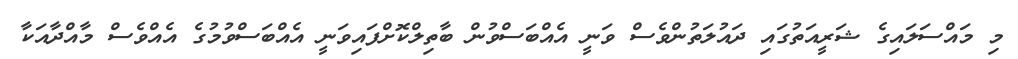
މި މައްސަލައިގެ ޝަރީއަތުގައި ދައުލަތުންވެސް ވަނީ އެއްބަސްވުން ބާތިލްކޮށްފައިވަނީ އެއްބަސްވުމުގެ އެއްވެސް މާއްދާއަކާ